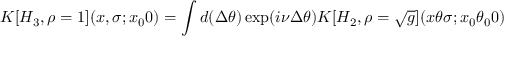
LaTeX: K [ H _ { 3 } , \rho = 1 ] ( x , \sigma ; x _ { 0 } 0 ) = \int d ( \Delta \theta ) \exp ( i \nu \Delta \theta ) K [ H _ { 2 } , \rho = \sqrt { g } ] ( x \theta \sigma ; x _ { 0 } \theta _ { 0 } 0 )